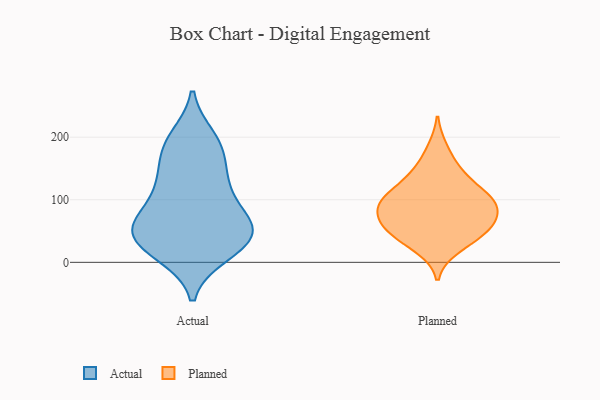
{"axis": {"x": "Bounce Rate (%)", "y": "Value"}, "legend": ["Actual", "Planned"], "data": [{"x": "", "y": 200, "type": "Actual"}, {"x": "", "y": 57, "type": "Actual"}, {"x": "", "y": 52, "type": "Actual"}, {"x": "", "y": 180, "type": "Actual"}, {"x": "", "y": 67, "type": "Actual"}, {"x": "", "y": 141, "type": "Actual"}, {"x": "", "y": 61, "type": "Actual"}, {"x": "", "y": 197, "type": "Actual"}, {"x": "", "y": 104, "type": "Actual"}, {"x": "", "y": 35, "type": "Actual"}, {"x": "", "y": 45, "type": "Actual"}, {"x": "", "y": 176, "type": "Actual"}, {"x": "", "y": 121, "type": "Actual"}, {"x": "", "y": 97, "type": "Actual"}, {"x": "", "y": 12, "type": "Actual"}, {"x": "", "y": 14, "type": "Actual"}, {"x": "", "y": 47, "type": "Actual"}, {"x": "", "y": 138, "type": "Actual"}, {"x": "", "y": 52, "type": "Actual"}, {"x": "", "y": 18, "type": "Actual"}, {"x": "", "y": 68, "type": "Planned"}, {"x": "", "y": 64, "type": "Planned"}, {"x": "", "y": 92, "type": "Planned"}, {"x": "", "y": 22, "type": "Planned"}, {"x": "", "y": 91, "type": "Planned"}, {"x": "", "y": 183, "type": "Planned"}, {"x": "", "y": 90, "type": "Planned"}, {"x": "", "y": 149, "type": "Planned"}, {"x": "", "y": 110, "type": "Planned"}, {"x": "", "y": 144, "type": "Planned"}, {"x": "", "y": 91, "type": "Planned"}, {"x": "", "y": 114, "type": "Planned"}, {"x": "", "y": 52, "type": "Planned"}, {"x": "", "y": 52, "type": "Planned"}, {"x": "", "y": 29, "type": "Planned"}, {"x": "", "y": 45, "type": "Planned"}, {"x": "", "y": 60, "type": "Planned"}, {"x": "", "y": 93, "type": "Planned"}, {"x": "", "y": 122, "type": "Planned"}]}